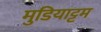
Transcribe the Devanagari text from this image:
मुडियाट्टम